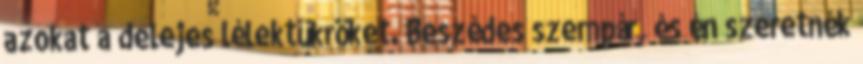
azokat a delejes lélektükröket. Beszédes szempár, és én szeretnék